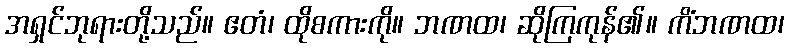
အရှင်ဘုရားတို့သည်။ ဧတံ၊ ထိုစကားကို။ ဘဏထ၊ ဆိုကြကုန်၏။ ကိံဘဏထ၊